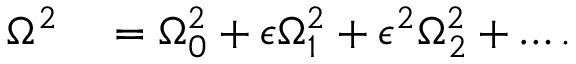
\begin{array} { r l } { \Omega ^ { 2 } } & { { } = \Omega _ { 0 } ^ { 2 } + \epsilon \Omega _ { 1 } ^ { 2 } + \epsilon ^ { 2 } \Omega _ { 2 } ^ { 2 } + \dots . } \end{array}